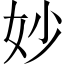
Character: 妙